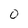
Character: 0